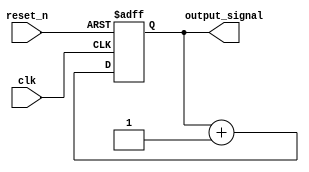
module async_reset_example (
    input wire clk,          // Clock signal
    input wire reset_n,     // Active-low asynchronous reset signal
    output reg output_signal // Primary output of the system
);

// Define the reset value
parameter RESET_VALUE = 0;

// Always block for asynchronous reset
always @(posedge clk or negedge reset_n) begin
    if (!reset_n) begin
        // Reset condition
        output_signal <= RESET_VALUE; // Set output_signal to reset value
    end else begin
        // Normal operation (example logic)
        // Here you can define the logic to update output_signal
        // For example, incrementing a counter or changing state
        output_signal <= output_signal + 1; // Example operation
    end
end

endmodule